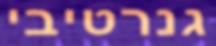
גנרטיבי